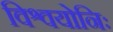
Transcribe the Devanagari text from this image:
विश्वयोनिः